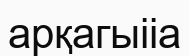
арқагыііа